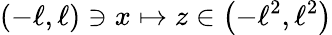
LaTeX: \left(-\ell,\ell\right)\ni x\mapsto z\in\left(-\ell^{2},\ell^{2}\right)